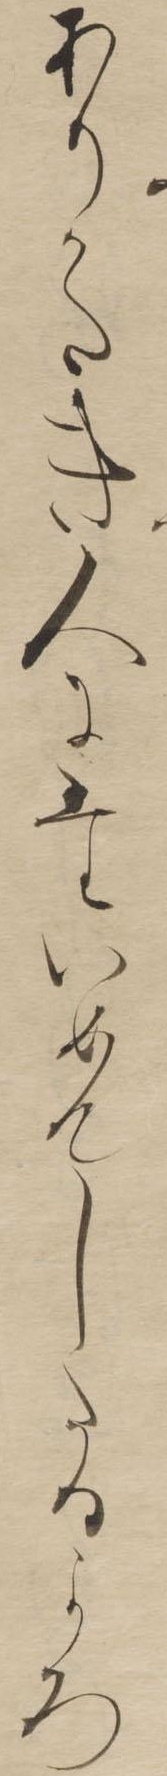
ありかたき人にたいめんしたるよろ